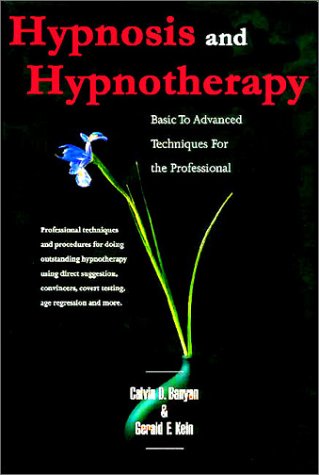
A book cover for Hypnosis and Hypnotherapy Basic to Advanced Techniques for the Professional; Calvin D. Banyan; Health, Fitness & Dieting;